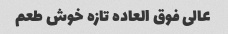
عالی فوق العاده تازه خوش طعم